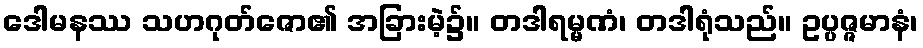
ဒေါမနဿ သဟဂုတ်ဇော၏ အခြားမဲ့၌။ တဒါရမ္မဏံ၊ တဒါရုံသည်။ ဥပ္ပဇ္ဇမာနံ၊